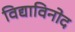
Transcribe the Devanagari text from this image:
विद्याविनोद